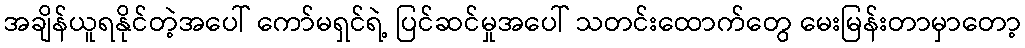
အချိန်ယူရနိုင်တဲ့အပေါ် ကော်မရှင်ရဲ့ ပြင်ဆင်မှုအပေါ် သတင်းထောက်တွေ မေးမြန်းတာမှာတော့